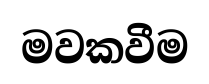
මවකවීම